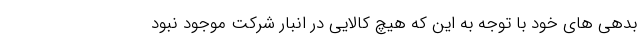
بدهی های خود با توجه به این که هیچ کالایی در انبار شرکت موجود نبود